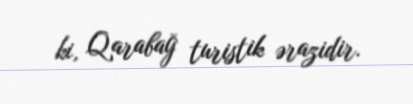
ki, Qarabağ turistik ərazidir.